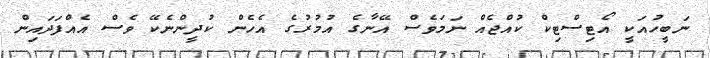
ނަބީހުއަކީ އޯޓިސްޓިކް ކުއްޖެއް ނަމަވެސް އޭނާގެ އުމުރުގެ އެހެން ކުދީންނެކޭ ވެސް އެއްފަދައިން